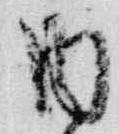
内